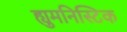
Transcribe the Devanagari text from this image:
ह्युमनिस्टिक